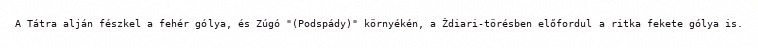
A Tátra alján fészkel a fehér gólya, és Zúgó "(Podspády)" környékén, a Ždiari-törésben előfordul a ritka fekete gólya is.